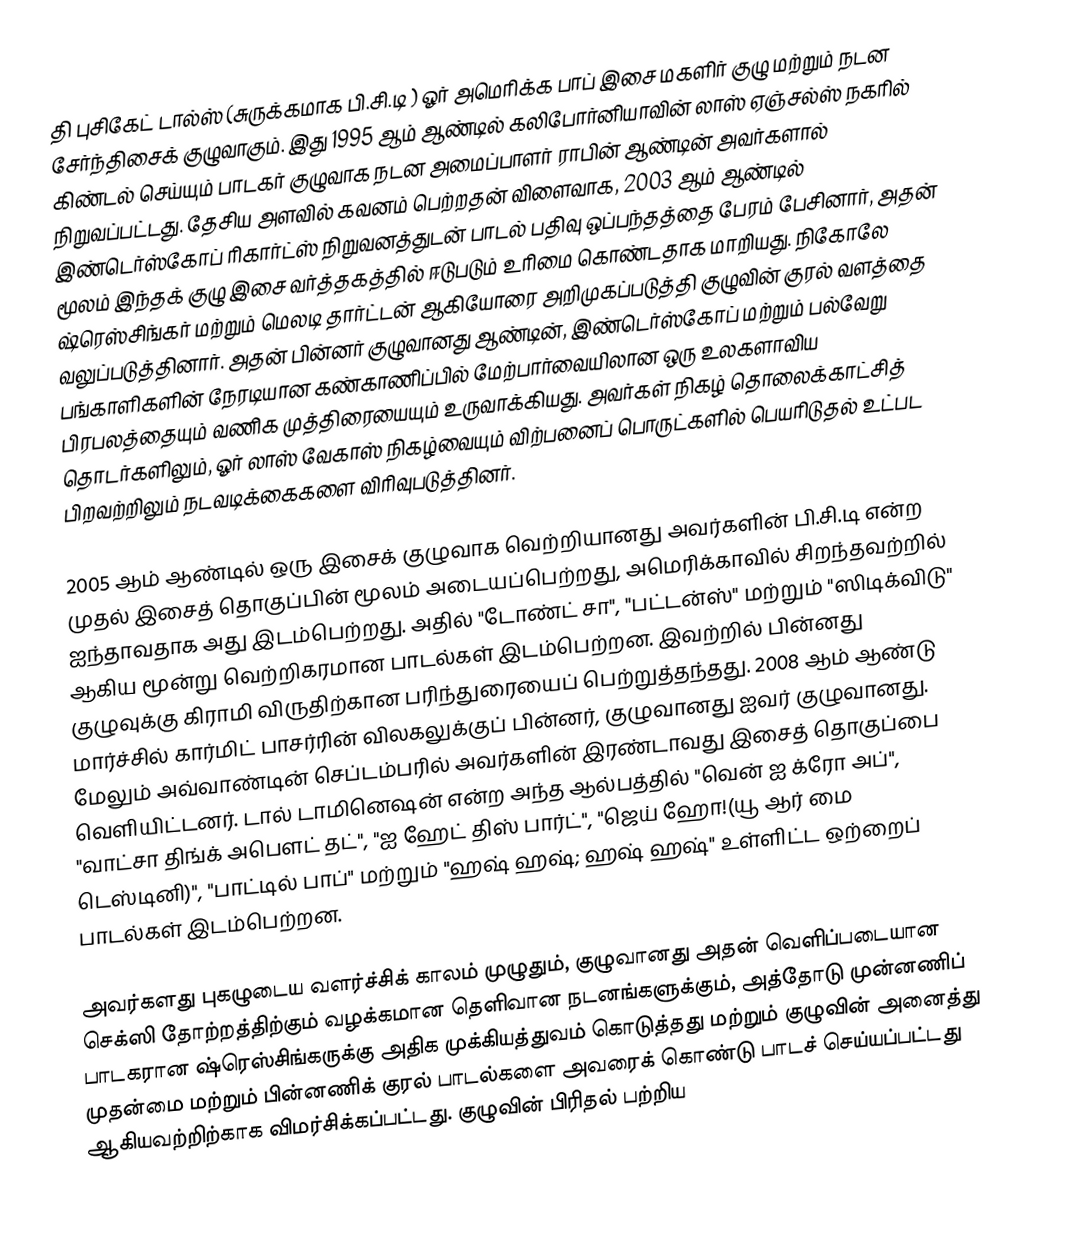
தி புசிகேட் டால்ஸ் (சுருக்கமாக பி.சி.டி ) ஓர் அமெரிக்க பாப் இசை மகளிர் குழு மற்றும் நடன சேர்ந்திசைக் குழுவாகும். இது 1995 ஆம் ஆண்டில் கலிபோர்னியாவின் லாஸ் ஏஞ்சல்ஸ் நகரில் கிண்டல் செய்யும் பாடகர் குழுவாக நடன அமைப்பாளர் ராபின் ஆண்டின் அவர்களால் நிறுவப்பட்டது. தேசிய அளவில் கவனம் பெற்றதன் விளைவாக, 2003 ஆம் ஆண்டில் இண்டெர்ஸ்கோப் ரிகார்ட்ஸ் நிறுவனத்துடன் பாடல் பதிவு ஒப்பந்தத்தை பேரம் பேசினார், அதன் மூலம் இந்தக் குழு இசை வர்த்தகத்தில் ஈடுபடும் உரிமை கொண்டதாக மாறியது. நிகோலே ஷ்ரெஸ்சிங்கர் மற்றும் மெலடி தார்ட்டன் ஆகியோரை அறிமுகப்படுத்தி குழுவின் குரல் வளத்தை வலுப்படுத்தினார். அதன் பின்னர் குழுவானது ஆண்டின், இண்டெர்ஸ்கோப் மற்றும் பல்வேறு பங்காளிகளின் நேரடியான கண்காணிப்பில் மேற்பார்வையிலான ஒரு உலகளாவிய பிரபலத்தையும் வணிக முத்திரையையும் உருவாக்கியது. அவர்கள் நிகழ் தொலைக்காட்சித் தொடர்களிலும், ஓர் லாஸ் வேகாஸ் நிகழ்வையும் விற்பனைப் பொருட்களில் பெயரிடுதல் உட்பட பிறவற்றிலும் நடவடிக்கைகளை விரிவுபடுத்தினர்.

2005 ஆம் ஆண்டில் ஒரு இசைக் குழுவாக வெற்றியானது அவர்களின் பி.சி.டி என்ற முதல் இசைத் தொகுப்பின் மூலம் அடையப்பெற்றது, அமெரிக்காவில் சிறந்தவற்றில் ஐந்தாவதாக அது இடம்பெற்றது. அதில் "டோண்ட் சா", "பட்டன்ஸ்" மற்றும் "ஸிடிக்விடு" ஆகிய மூன்று வெற்றிகரமான பாடல்கள் இடம்பெற்றன. இவற்றில் பின்னது குழுவுக்கு கிராமி விருதிற்கான பரிந்துரையைப் பெற்றுத்தந்தது. 2008 ஆம் ஆண்டு மார்ச்சில் கார்மிட் பாசர்ரின் விலகலுக்குப் பின்னர், குழுவானது ஐவர் குழுவானது. மேலும் அவ்வாண்டின் செப்டம்பரில் அவர்களின் இரண்டாவது இசைத் தொகுப்பை வெளியிட்டனர். டால் டாமினெஷன் என்ற அந்த ஆல்பத்தில் "வென் ஐ க்ரோ அப்", "வாட்சா திங்க் அபௌட் தட்", "ஐ ஹேட் திஸ் பார்ட்", "ஜெய் ஹோ!(யூ ஆர் மை டெஸ்டினி)", "பாட்டில் பாப்" மற்றும் "ஹஷ் ஹஷ்; ஹஷ் ஹஷ்" உள்ளிட்ட ஒற்றைப் பாடல்கள் இடம்பெற்றன.

அவர்களது புகழுடைய வளர்ச்சிக் காலம் முழுதும், குழுவானது அதன் வெளிப்படையான செக்ஸி தோற்றத்திற்கும் வழக்கமான தெளிவான நடனங்களுக்கும், அத்தோடு முன்னணிப் பாடகரான ஷ்ரெஸ்சிங்கருக்கு அதிக முக்கியத்துவம் கொடுத்தது மற்றும் குழுவின் அனைத்து முதன்மை மற்றும் பின்னணிக் குரல் பாடல்களை அவரைக் கொண்டு பாடச் செய்யப்பட்டது ஆகியவற்றிற்காக விமர்சிக்கப்பட்டது. குழுவின் பிரிதல் பற்றிய